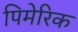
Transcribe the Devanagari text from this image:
पिमेरिक